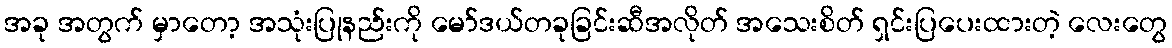
အခု အတွက် မှာတော့ အသုံးပြုနည်းကို မော်ဒယ်တခုခြင်းဆီအလိုတ် အသေးစိတ် ရှင်းပြပေးထားတဲ့ လေးတွေ